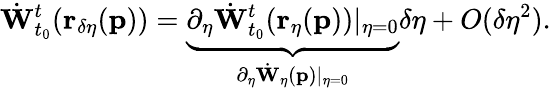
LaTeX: \dot{\mathbf{W}}_{t_{0}}^{t}(\mathbf{r_{\delta\eta}}(\mathbf{p}))=\underbrace{\partial_{\eta}\dot{\mathbf{W}}_{t_{0}}^{t}(\mathbf{r_{\eta}}(\mathbf{p}))\vert_{\eta=0}}_{\partial_{\eta}\dot{\mathbf{W}}_{\eta}(\mathbf{p})\vert_{\eta=0}}\delta\eta+O(\delta\eta^{2}).